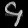
Digit: ၄